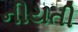
નીયતી